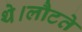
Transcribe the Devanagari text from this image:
थे।लौटते